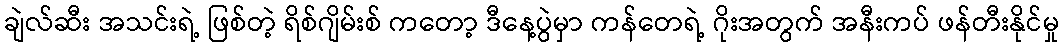
ချဲလ်ဆီး အသင်းရဲ့ ဖြစ်တဲ့ ရိစ်ဂျိမ်းစ် ကတော့ ဒီနေ့ပွဲမှာ ကန်တေရဲ့ ဂိုးအတွက် အနီးကပ် ဖန်တီးနိုင်မှု